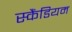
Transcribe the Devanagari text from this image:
स्कैंडियम